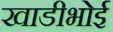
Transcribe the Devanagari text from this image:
खाडीभोई